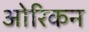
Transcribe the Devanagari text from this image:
ओरिकन